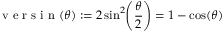
{ \textrm { v e r s i n } } ( \theta ) : = 2 \sin ^ { 2 } \! \left( { \frac { \theta } { 2 } } \right) = 1 - \cos ( \theta )